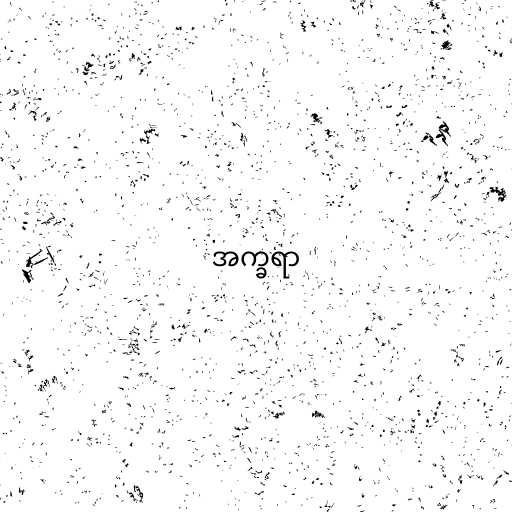
အက္ခရာ